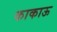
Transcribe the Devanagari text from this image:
काकाऊ